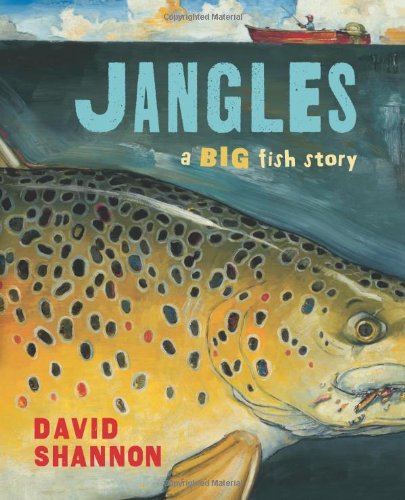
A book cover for Jangles: A Big Fish Story; David Shannon; Children's Books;